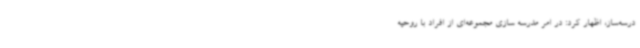
درسه‌ساز، اظهار کرد: در امر مدرسه سازی مجموعه‌ای از افراد با روحیه